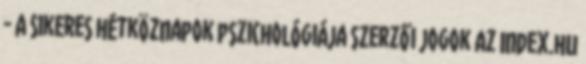
- A sikeres hétköznapok pszichológiája Szerzői jogok Az Index.hu